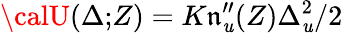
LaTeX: {\calU}(\Delta;\! Z)=K\mathfrak{n}_{\mathit{u}}^{\prime\prime}(Z)\Delta_{\mathit{u}}^{2}/2